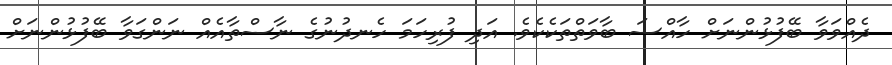
ދެއްވަވާ ބޭފުޅުންނަށް ހާއްސަ ބާވަތްތަކެކެވެ. އަދި ފުރިހަމަ ހެނދުނުގެ ނާސްތާއެއް ނަންގަވާ ބޭފުޅުންނަށް